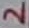
Text: 2